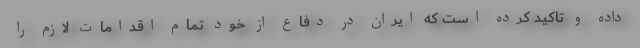
داده و تاکید کرده است که ایران در دفاع از خود تمام اقدامات لازم را